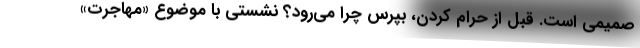
صمیمی است. قبل از حرام کردن، بپرس چرا می‌رود؟ نشستی با موضوع «مهاجرت»